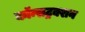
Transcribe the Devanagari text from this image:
कॉन्सट्रक्शन